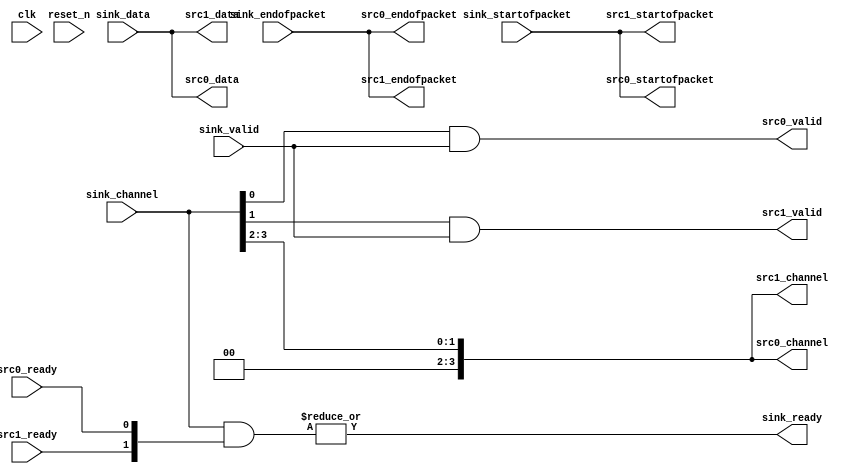
// (C) 2001-2017 Intel Corporation. All rights reserved.
// Your use of Intel Corporation's design tools, logic functions and other 
// software and tools, and its AMPP partner logic functions, and any output 
// files any of the foregoing (including device programming or simulation 
// files), and any associated documentation or information are expressly subject 
// to the terms and conditions of the Intel Program License Subscription 
// Agreement, Intel MegaCore Function License Agreement, or other applicable 
// license agreement, including, without limitation, that your use is for the 
// sole purpose of programming logic devices manufactured by Intel and sold by 
// Intel or its authorized distributors.  Please refer to the applicable 
// agreement for further details.


// (C) 2001-2011 Altera Corporation. All rights reserved.
// Your use of Altera Corporation's design tools, logic functions and other 
// software and tools, and its AMPP partner logic functions, and any output 
// files any of the foregoing (including device programming or simulation 
// files), and any associated documentation or information are expressly subject 
// to the terms and conditions of the Altera Program License Subscription 
// Agreement, Altera MegaCore Function License Agreement, or other applicable 
// license agreement, including, without limitation, that your use is for the 
// sole purpose of programming logic devices manufactured by Altera and sold by 
// Altera or its authorized distributors.  Please refer to the applicable 
// agreement for further details.


// $Id: //acds/rel/11.1/ip/merlin/seq_altera_merlin_demultiplexer/seq_altera_merlin_demultiplexer.sv.terp#1 $
// $Revision: #1 $
// $Date: 2011/08/15 $
// $Author: max $

// -------------------------------------
// Merlin Demultiplexer
//
// Asserts valid on the appropriate output
// given a one-hot channel signal.
// -------------------------------------

`timescale 1 ns / 1 ns

// ------------------------------------------
// Generation parameters:
//   output_name:         seq_rsp_xbar_demux
//   ST_DATA_W:           73
//   ST_CHANNEL_W:        4
//   NUM_OUTPUTS:         2
//   VALID_WIDTH:         1
// ------------------------------------------

//------------------------------------------
// Message Supression Used
// QIS Warnings
// 15610 - Warning: Design contains x input pin(s) that do not drive logic
//------------------------------------------

module seq_rsp_xbar_demux
(
    // -------------------
    // Sink
    // -------------------
    input  [1-1      : 0]   sink_valid,
    input  [73-1    : 0]   sink_data, // ST_DATA_W=73
    input  [4-1 : 0]   sink_channel, // ST_CHANNEL_W=4
    input                         sink_startofpacket,
    input                         sink_endofpacket,
    output                        sink_ready,

    // -------------------
    // Sources 
    // -------------------
    output reg                      src0_valid,
    output reg [73-1    : 0] src0_data, // ST_DATA_W=73
    output reg [4-1 : 0] src0_channel, // ST_CHANNEL_W=4
    output reg                      src0_startofpacket,
    output reg                      src0_endofpacket,
    input                           src0_ready,

    output reg                      src1_valid,
    output reg [73-1    : 0] src1_data, // ST_DATA_W=73
    output reg [4-1 : 0] src1_channel, // ST_CHANNEL_W=4
    output reg                      src1_startofpacket,
    output reg                      src1_endofpacket,
    input                           src1_ready,


    // -------------------
    // Clock & Reset
    // -------------------
    (*altera_attribute = "-name MESSAGE_DISABLE 15610" *) // setting message suppression on clk
    input clk,
    (*altera_attribute = "-name MESSAGE_DISABLE 15610" *) // setting message suppression on reset
    input reset_n

);

    localparam NUM_OUTPUTS = 2;
    wire [NUM_OUTPUTS - 1 : 0] ready_vector;

    // -------------------
    // Demux
    // -------------------
    always @* begin
        src0_data          = sink_data;
        src0_startofpacket = sink_startofpacket;
        src0_endofpacket   = sink_endofpacket;
        src0_channel       = sink_channel >> NUM_OUTPUTS;

        src0_valid         = sink_channel[0] && sink_valid;

        src1_data          = sink_data;
        src1_startofpacket = sink_startofpacket;
        src1_endofpacket   = sink_endofpacket;
        src1_channel       = sink_channel >> NUM_OUTPUTS;

        src1_valid         = sink_channel[1] && sink_valid;

    end

    // -------------------
    // Backpressure
    // -------------------
    assign ready_vector[0] = src0_ready;
    assign ready_vector[1] = src1_ready;
    assign sink_ready = |(sink_channel & ready_vector);

endmodule